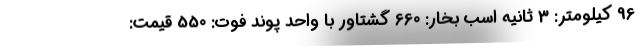
96 کیلومتر: 3 ثانیه اسب بخار: 660 گشتاور با واحد پوند فوت: 550 قیمت: